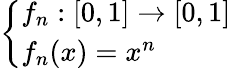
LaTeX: \left\{ \begin{array}{ll}{f_{n}:[0,1]\to[0,1]}\\ {f_{n}(x)=x^{n}}\end{array}\right.